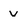
Character: v